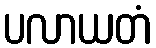
ပလာယတံ